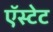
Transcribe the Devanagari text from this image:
ऍस्टेट